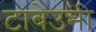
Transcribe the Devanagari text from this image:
टाबेउनी